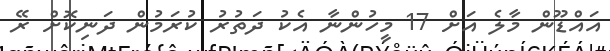
އައްޑޫން މާލެ އަށް 17 މީހުންނާ އެކު ދަތުރު ކުރަމުން ދަނިކޮށް ރޭ